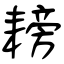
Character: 耪